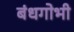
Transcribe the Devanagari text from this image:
बंधगोभी